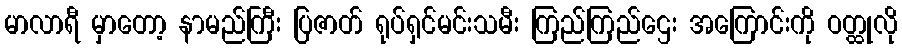
မာလာရီ မှာတော့ နာမည်ကြီး ပြဇာတ် ရုပ်ရှင်မင်းသမီး ကြည်ကြည်ဌေး အကြောင်းကို ဝတ္ထုလို